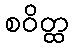
စဝိတ္ထ